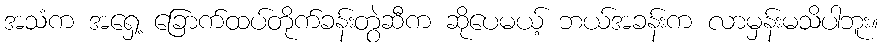
အသံက အရှေ့ ခြောက်ထပ်တိုက်ခန်းတွဲဆီက ဆိုပေမယ့် ဘယ်အခန်းက လာမှန်းမသိပါဘူး။